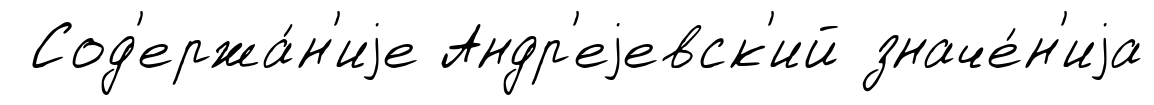
Сод'ержа́н'иjе Андр'еjевск'ий значе́н'иjа